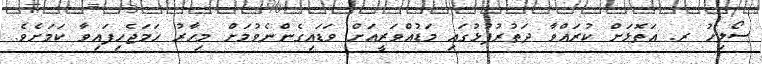
ސޯލިހު ރ. އަތޮޅަށް ކުރައްވާ ދަތުރުފުޅުގައި މަޑުއްވަރީއަށް ވަޑައިގެންނެވުމަށް މިހާރު ހަމަޖެހިފައިވާ ކަމަށެވެ.